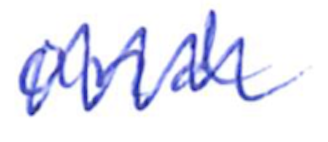
Text: and
Cross-out: zig-zag
Writing tool: ballpoint